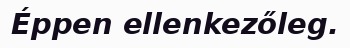
Éppen ellenkezőleg.